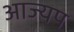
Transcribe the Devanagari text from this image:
आज्यप